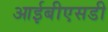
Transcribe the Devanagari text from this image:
आईबीएसडी